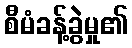
စီမံခန့်ခွဲမှု၏